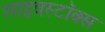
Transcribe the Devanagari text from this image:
लाइवस्टॉक्स